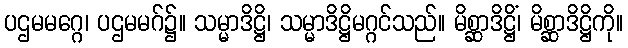
ပဌမမဂ္ဂေ၊ ပဌမမဂ်၌။ သမ္မာဒိဋ္ဌိ၊ သမ္မာဒိဋ္ဌိမဂ္ဂင်သည်။ မိစ္ဆာဒိဋ္ဌိံ၊ မိစ္ဆာဒိဋ္ဌိကို။